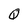
Character: Q